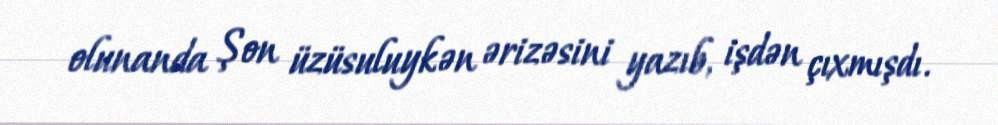
olunanda Şon üzüsuluykən ərizəsini yazıb, işdən çıxmışdı.